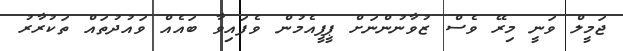
ޖަމީލް ވަނީ މިރޭ ވެސް ޒުވާނުންނަށް ޕީޕީއެމުން ވެފައިވާ ބައެއް ވައުދުތައް ތަކުރާރު